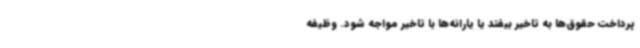
پرداخت حقوق‌ها به تاخیر بیفتد یا یارانه‌ها با تاخیر مواجه شود. وظیفه